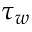
\tau _ { w }